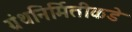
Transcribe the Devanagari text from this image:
ग्रंथनिर्मितीकडे